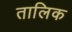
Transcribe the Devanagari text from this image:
तालिक